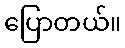
ပြောတယ်။